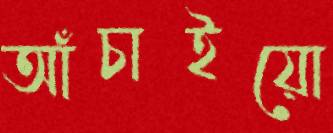
আঁচাইয়ো